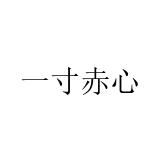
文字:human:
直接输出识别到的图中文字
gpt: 一寸赤心